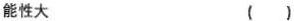
能性大 ()